Report of an investigation into the causes of malaria in Bombay and the measures necessary for its control
Disease focus: Malaria
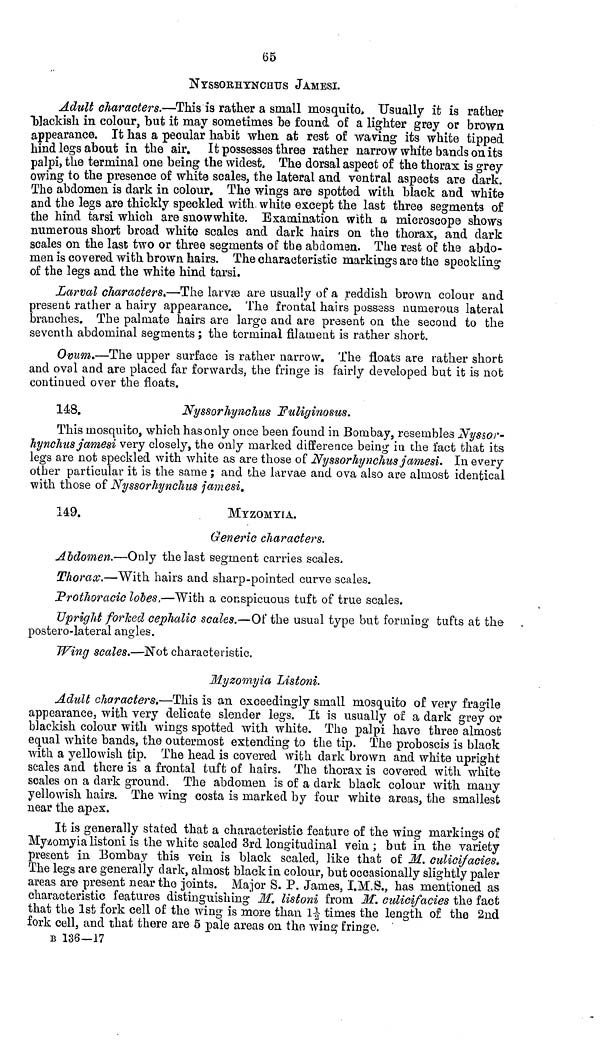
65
NYSSORHYNCHUS JAMESI.
Adult characters.—This is rather a small mosquito» Usually it is rather
blackish in colour, but it may sometimes be found of a lighter grey or brown
appearance. It has a pecular habit when at rest of waving its white tipped
hind legs about in the air. It possesses three rather narrow white bands on its
palpi, the terminal one being the widest. The dorsal aspect of the thorax is grey-
owing to the presence of white scales, the lateral and ventral aspects are dark.
The abdomen is dark in colour. The wings are spotted with black and white
and the legs are thickly speckled with white except the last three segments of
the hind tarsi which are snow white. Examination with a microscope shows
numerous short broad white scales and dark hairs on the thorax, and dark
scales on the last two or three segments of the abdomen. The rest of the abdo-
men is covered with brown hairs. The characteristic markings are the speckling
of the legs and the white hind tarsi.
Larval characters.—The larvæare usually of a reddish brown colour and
present rather a hairy appearance. The frontal hairs possess numerous lateral
branches. The palmate hairs are large and are present on the second to the
seventh abdominal segments ; the terminal filament is rather short.
Ovum.—The upper surface is rather narrow. The floats are rather short
and oval and are placed far forwards, the fringe is fairly developed but it is not
continued over the floats.
148.
Nyssorhynchus Fuliginosus.
This mosquito, which has only once been found in Bombay, resembles Nyssor-
hynchus jamesi very closely, the only marked difference being in the fact that its
legs are not speckled with white as are those of Nyssorhynchus jamesi. In every
other particular it is the same ; and the larvae and ova also are almost identical
with those of Nyssorhynchus jamesi.
149.
MYZOMYIA.
Generic characters.
Abdomen.—Only the last segment carries scales.
Thorax.—With hairs and sharp-pointed curve scales.
Prothoracic lobes,—With a conspicuous tuft of true scales.
Upright forked cephalic scales.—Of the usual type but forming tufts at the
postero-lateral angles.
Wing scales.—Not characteristic.
Myzomyia Listoni.
Adult characters,—This is an exceedingly small mosquito of very fragile
appearance, with very delicate slender legs. It is usually of a dark grey or
blackish colour with wings spotted with white. The palpi have three almost
equal white bands, the outermost extending to the tip. The proboscis is black
with a yellowish tip. The head is covered with dark brown and white upright
scales and there is a frontal tuft of hairs. The thorax is covered with white
scales on a dark ground. The abdomen is of a dark black colour with many
yellowish hairs. The wing costa is marked by four white areas, the smallest
near the apex.
It is generally stated that a characteristic feature of the wing markings of
Myzomyia listoni is the white scaled 3rd longitudinal vein ; but in the variety
present in Bombay this vein is black scaled, like that of M. culicifacies.
The legs are generally dark, almost black in colour, but occasionally slightly paler
areas are present near the joints. Major S. P. James, I.M.S., has mentioned as
characteristic features distinguishing If, listoni from M. culicifacies the fact
that the 1st fork cell of the wing is more than 11/2 times the length of the 2nd
fork cell, and that there are 5 pale areas on the wing fringe.
B 136—17